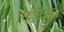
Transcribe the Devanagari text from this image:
व्हळके